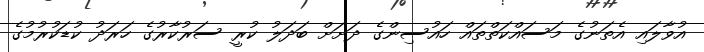
އުވާލައި އެތަނުގެ މަސައްކަތްތައް ހައުސިންގެ ދަށަށް ބަދަލު ކުރީ ސަރުކާރުގެ ހަރަދު ކުޑަކުރުމުގެ